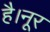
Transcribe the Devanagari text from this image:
है।नूर